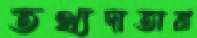
তথ্যদাতারা